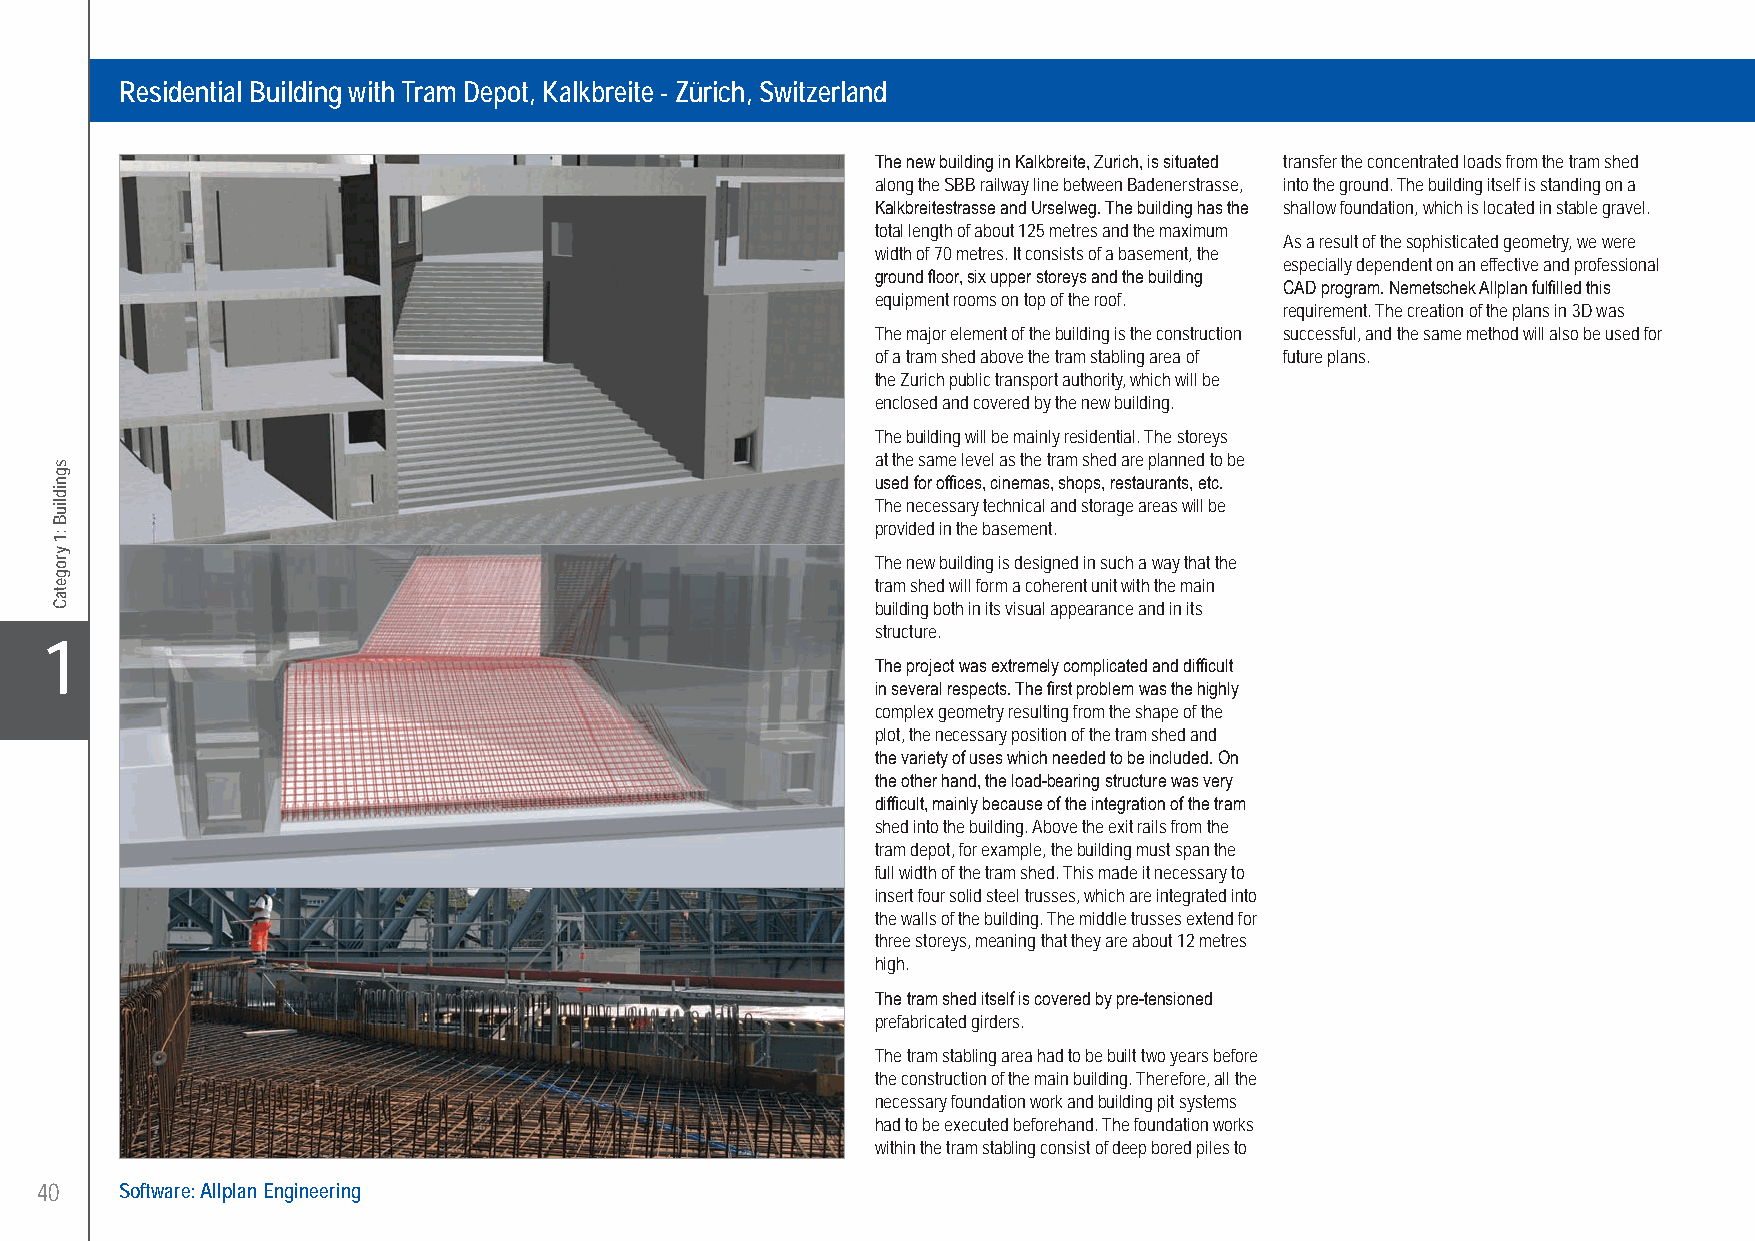
Dr. Lüchinger + Meyer Bauingenieure AG Residential Building with Tram Depot, Kalkbreite - Zürich, Switzerland
 Residential Building with Tram Depot, Kalkbreite - Zürich, Switzerland
 The new building in Kalkbreite, Zurich, is situated transfer the concentrated loads from the tram shed
 along the SBB railway line between Badenerstrasse, into the ground. The building itself is standing on a
 Kalkbreitestrasse and Urselweg. The building has the shallow foundation, which is located in stable gravel.
 total length of about 125 metres and the maximum
 As a result of the sophisticated geometry, we were
 width of 70 metres. It consists of a basement, the
 especially dependent on an effective and professional
 ground floor, six upper storeys and the building
 CAD program. Nemetschek Allplan fulfilled this
 equipment rooms on top of the roof.
 requirement. The creation of the plans in 3D was
 The major element of the building is the construction successful, and the same method will also be used for
 of a tram shed above the tram stabling area of future plans.
 the Zurich public transport authority, which will be
 enclosed and covered by the new building.
 The building will be mainly residential. The storeys
 at the same level as the tram shed are planned to be
 used for offices, cinemas, shops, restaurants, etc.
 The necessary technical and storage areas will be
 provided in the basement.
 The new building is designed in such a way that the
 tram shed will form a coherent unit with the main
 building both in its visual appearance and in its
 structure.
 X1
 The project was extremely complicated and difficult
 in several respects. The first problem was the highly
 complex geometry resulting from the shape of the
 plot, the necessary position of the tram shed and
 the variety of uses which needed to be included. On
 the other hand, the load-bearing structure was very
 difficult, mainly because of the integration of the tram
 shed into the building. Above the exit rails from the
 tram depot, for example, the building must span the
 full width of the tram shed. This made it necessary to
 insert four solid steel trusses, which are integrated into
 the walls of the building. The middle trusses extend for
 three storeys, meaning that they are about 12 metres
 high.
 The tram shed itself is covered by pre-tensioned
 prefabricated girders.
 The tram stabling area had to be built two years before
 the construction of the main building. Therefore, all the
 necessary foundation work and building pit systems
 had to be executed beforehand. The foundation works
 within the tram stabling consist of deep bored piles to
 40    Software: Allplan Engineering
 UC-2013-Book-V8.indd 40                                                                                   7/11/2013 12:20:55 PM
 sgnidliuB
 :1
 yrogetaC